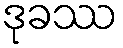
ဒုခဿ